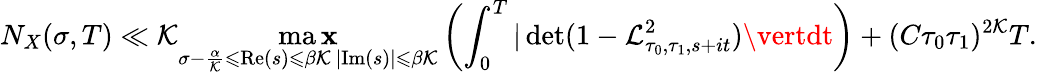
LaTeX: N_{X}(\sigma,T)\ll\mathcal{K}\operatorname*{ma\mathbf{x}}_{\substack{\sigma-\frac{{\alpha}}{{\mathcal{K}}}\leqslant\mathrm{{Re}}(s)\leqslant\beta\mathcal{K}\, \vert\mathrm{{Im}}(s)\vert\leqslant\beta\mathcal{K}}}\left(\int_{0}^{T}\vert\operatorname*{det}(1-\mathcal{{L}}_{\tau_{0},\tau_{1},s+it}^{2})\vertdt\right)+(C\tau_{0}\tau_{1})^{2\mathcal{K}}T.